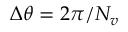
\Delta \theta = 2 \pi / N _ { v }